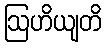
ဩဟိယျတိ